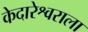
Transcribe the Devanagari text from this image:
केदारेश्वराला